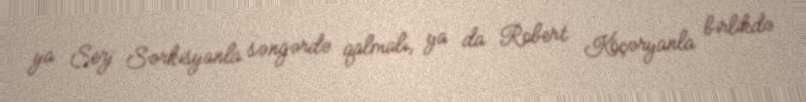
ya Serj Sərkisyanla səngərdə qalmalı, ya da Robert Köçəryanla birlikdə